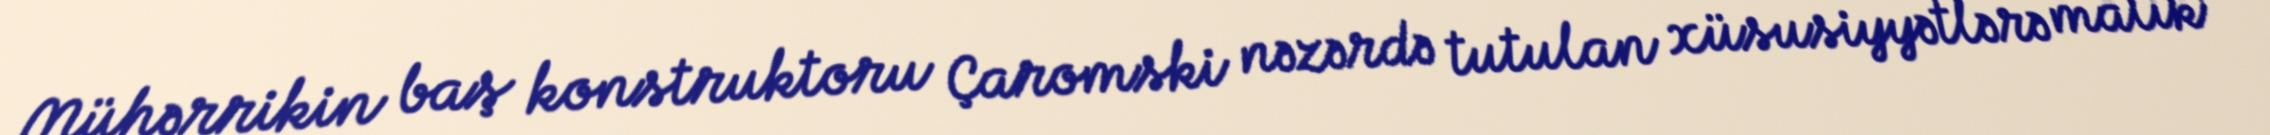
Mühərrikin baş konstruktoru Çaromski nəzərdə tutulan xüsusiyyətlərə malik